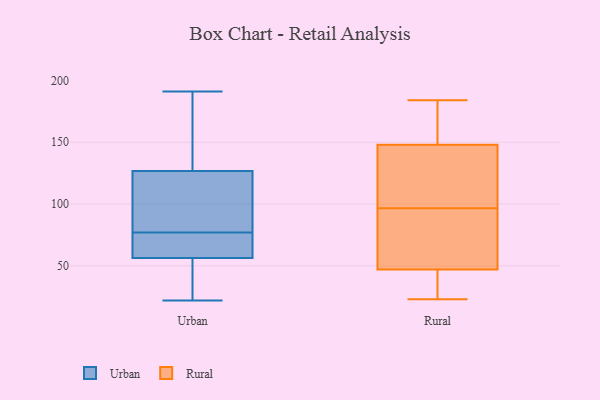
{"axis": {"x": "Backlog", "y": "Value"}, "legend": ["Rural", "Urban"], "data": [{"x": "", "y": 177, "type": "Urban"}, {"x": "", "y": 122, "type": "Urban"}, {"x": "", "y": 67, "type": "Urban"}, {"x": "", "y": 191, "type": "Urban"}, {"x": "", "y": 65, "type": "Urban"}, {"x": "", "y": 31, "type": "Urban"}, {"x": "", "y": 58, "type": "Urban"}, {"x": "", "y": 77, "type": "Urban"}, {"x": "", "y": 100, "type": "Urban"}, {"x": "", "y": 111, "type": "Urban"}, {"x": "", "y": 44, "type": "Urban"}, {"x": "", "y": 78, "type": "Urban"}, {"x": "", "y": 187, "type": "Urban"}, {"x": "", "y": 141, "type": "Urban"}, {"x": "", "y": 22, "type": "Urban"}, {"x": "", "y": 68, "type": "Urban"}, {"x": "", "y": 51, "type": "Urban"}, {"x": "", "y": 105, "type": "Rural"}, {"x": "", "y": 184, "type": "Rural"}, {"x": "", "y": 88, "type": "Rural"}, {"x": "", "y": 31, "type": "Rural"}, {"x": "", "y": 111, "type": "Rural"}, {"x": "", "y": 47, "type": "Rural"}, {"x": "", "y": 74, "type": "Rural"}, {"x": "", "y": 171, "type": "Rural"}, {"x": "", "y": 148, "type": "Rural"}, {"x": "", "y": 51, "type": "Rural"}, {"x": "", "y": 180, "type": "Rural"}, {"x": "", "y": 61, "type": "Rural"}, {"x": "", "y": 123, "type": "Rural"}, {"x": "", "y": 122, "type": "Rural"}, {"x": "", "y": 179, "type": "Rural"}, {"x": "", "y": 23, "type": "Rural"}, {"x": "", "y": 23, "type": "Rural"}, {"x": "", "y": 36, "type": "Rural"}]}